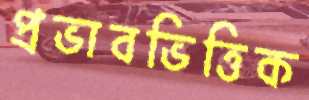
প্রভাবভিত্তিক